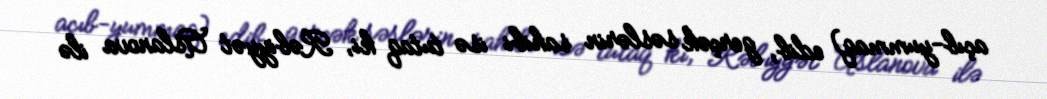
açıb-yummaq) edib, gerçək səslərin sahibi isə tutaq ki, Rəbiyyət Aslanova ilə